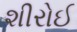
શીરોઈ